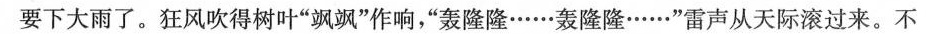
要下大雨了。狂风吹得树叶”飒飒”作响，”轰隆隆……轰隆隆……”雷声从天际滚过来。不